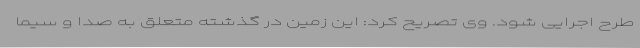
طرح اجرایی شود. وی تصریح کرد: این زمین در گذشته متعلق به صدا و سیما